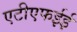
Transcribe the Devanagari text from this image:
एटीएफईई